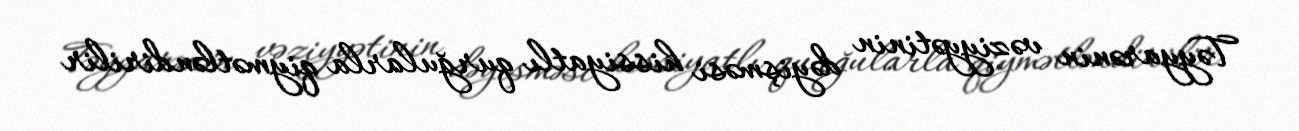
Təyyarənin vəziyyətinin dəyişməsi hissiyatlı qurğularla qiymətləndirilir